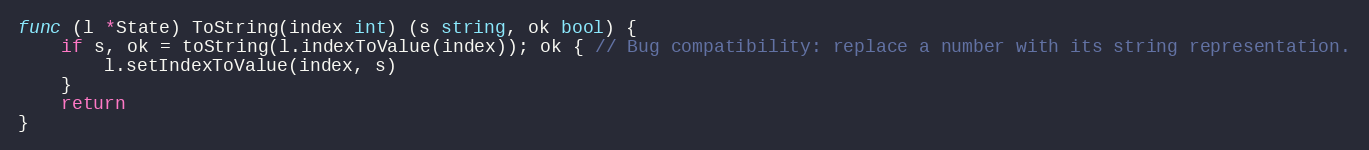
Language: Go
func (l *State) ToString(index int) (s string, ok bool) {
	if s, ok = toString(l.indexToValue(index)); ok { // Bug compatibility: replace a number with its string representation.
		l.setIndexToValue(index, s)
	}
	return
}